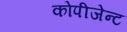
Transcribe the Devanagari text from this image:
कोपीजेन्ट